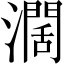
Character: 濶